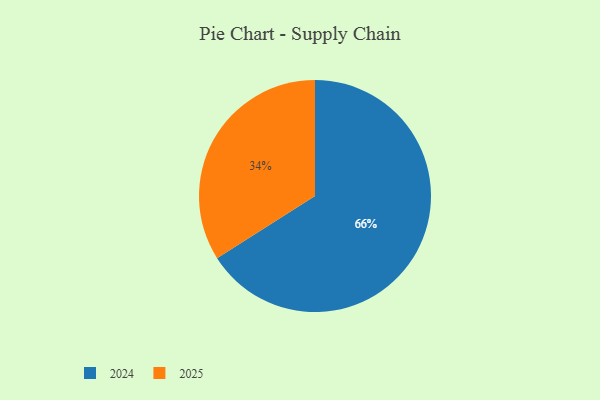
{"axis": {"x": "Category", "y": "Percentage"}, "legend": ["2024", "2025"], "data": [{"x": "2025", "y": 34, "type": "2025"}, {"x": "2024", "y": 66, "type": "2024"}]}